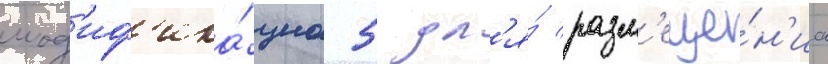
мод'иф'ика́циа 5 дл'я́ разм'еще́н'иа